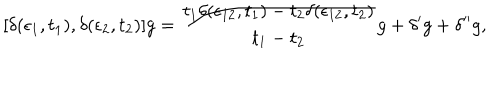
[ \delta ( \epsilon _ { 1 } , t _ { 1 } ) , \delta ( \epsilon _ { 2 } , t _ { 2 } ) ] g = { \frac { t _ { 1 } \delta ( \epsilon _ { 1 2 } , t _ { 1 } ) - t _ { 2 } \delta ( \epsilon _ { 1 2 } , t _ { 2 } ) } { t _ { 1 } - t _ { 2 } } } g + \delta ^ { \prime } g + \delta ^ { \prime \prime } g ,